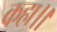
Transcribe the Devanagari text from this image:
कहा।।